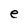
Character: e